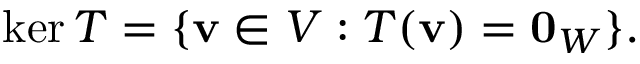
\ker T = \{ \mathbf { v } \in V : T ( \mathbf { v } ) = \mathbf { 0 } _ { W } \} { \mathrm { . } }